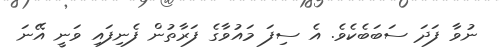
ނުވާ ފަދަ ސަބަބެކެވެ. އެ ސިފަ މައުވާގެ ފަރާތުން ފެނިފައި ވަނީ އޭނަ